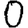
Digit: 0